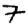
Digit: 7